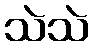
သဲသဲ